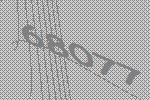
68077